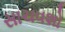
સાચવશો